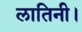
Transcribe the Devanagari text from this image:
लातिनी।